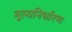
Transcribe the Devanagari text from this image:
मूल्यनिर्धारण